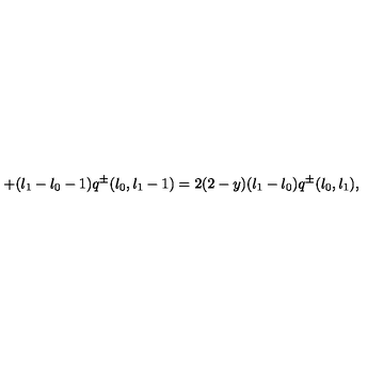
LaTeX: + ( l _ { 1 } - l _ { 0 } - 1 ) q ^ { \pm } ( l _ { 0 } , l _ { 1 } - 1 ) = 2 ( 2 - y ) ( l _ { 1 } - l _ { 0 } ) q ^ { \pm } ( l _ { 0 } , l _ { 1 } ) ,